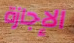
الإجازة